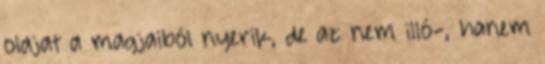
olajat a magjaiból nyerik, de az nem illó-, hanem